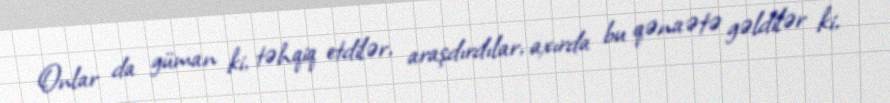
Onlar da güman ki, təhqiq etdilər, araşdırdılar, axırda bu qənaətə gəldilər ki,